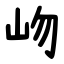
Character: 岉